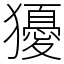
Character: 獶